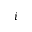
i